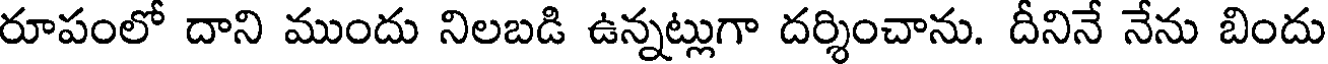
రూపంలో దాని ముందు నిలబడి ఉన్నట్లుగా దర్శించాను. దీనినే నేను బిందు